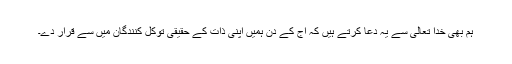
ہم بھی خدا تعالیٰ سے یہ دعا کرتے ہیں کہ آج کے دن ہمیں اپنی ذات کے حقیقی توکل کنندگان میں سے قرار دے۔